Document type: Grant
Year: 1403
Scribe: Berenguer Pedrosell
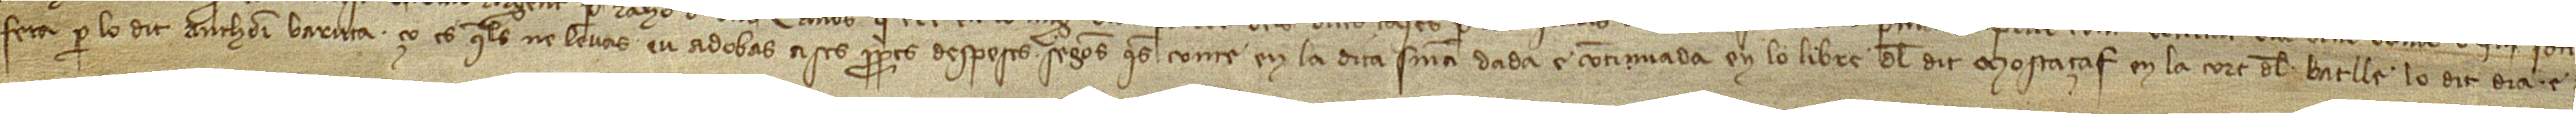
feta per lo dit Anthoni Baruta, ço és, que·ls ne levàs e·u adobàs a ses pròpries despeses, segons que·s conté en la dita sentència, dada e continuada en lo libre del dit mostaçaf en la cort del batlle lo dit dia e ayn.